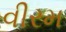
વીરમ